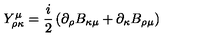
Y _ { \rho \kappa } ^ { \mu } = \frac { i } { 2 } \left( \partial _ { \rho } B _ { \kappa \mu } + \partial _ { \kappa } B _ { \rho \mu } \right)